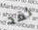
لقد